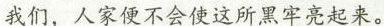
我们，人家便不会使这所黑牢亮起来。